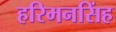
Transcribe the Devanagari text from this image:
हरिमनसिंह